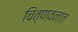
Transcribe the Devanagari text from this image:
चित्पावनात